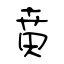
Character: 賁